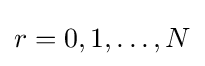
r=0,1,\ldots ,N